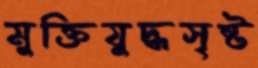
মুক্তিযুদ্ধসৃষ্ট